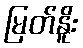
မြတ်နိူး